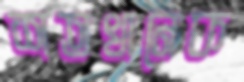
শতখানেক